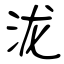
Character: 泷